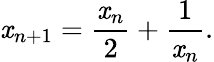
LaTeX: \mathit{x}_{n+1}={\frac{{\mathit{x}_{n}}}{{2}}}+{\frac{{1}}{{\mathit{x}_{n}}}}.